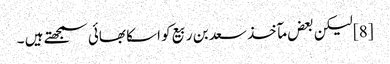
[8] لیکن بعض مآخذ سعد بن ربیع کو اسکا بھائی سمجھتے ہیں ۔